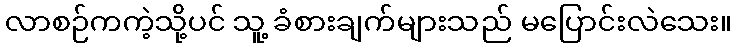
လာစဉ်ကကဲ့သို့ပင် သူ့ ခံစားချက်များသည် မပြောင်းလဲသေး။